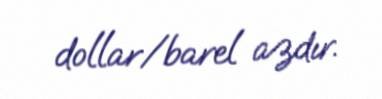
dollar/barel azdır.